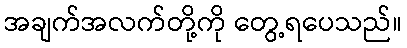
အချက်အလက်တို့ကို တွေ့ရပေသည်။